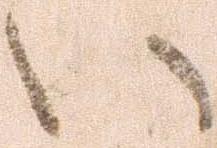
い